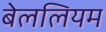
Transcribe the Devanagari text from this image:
बेललियम